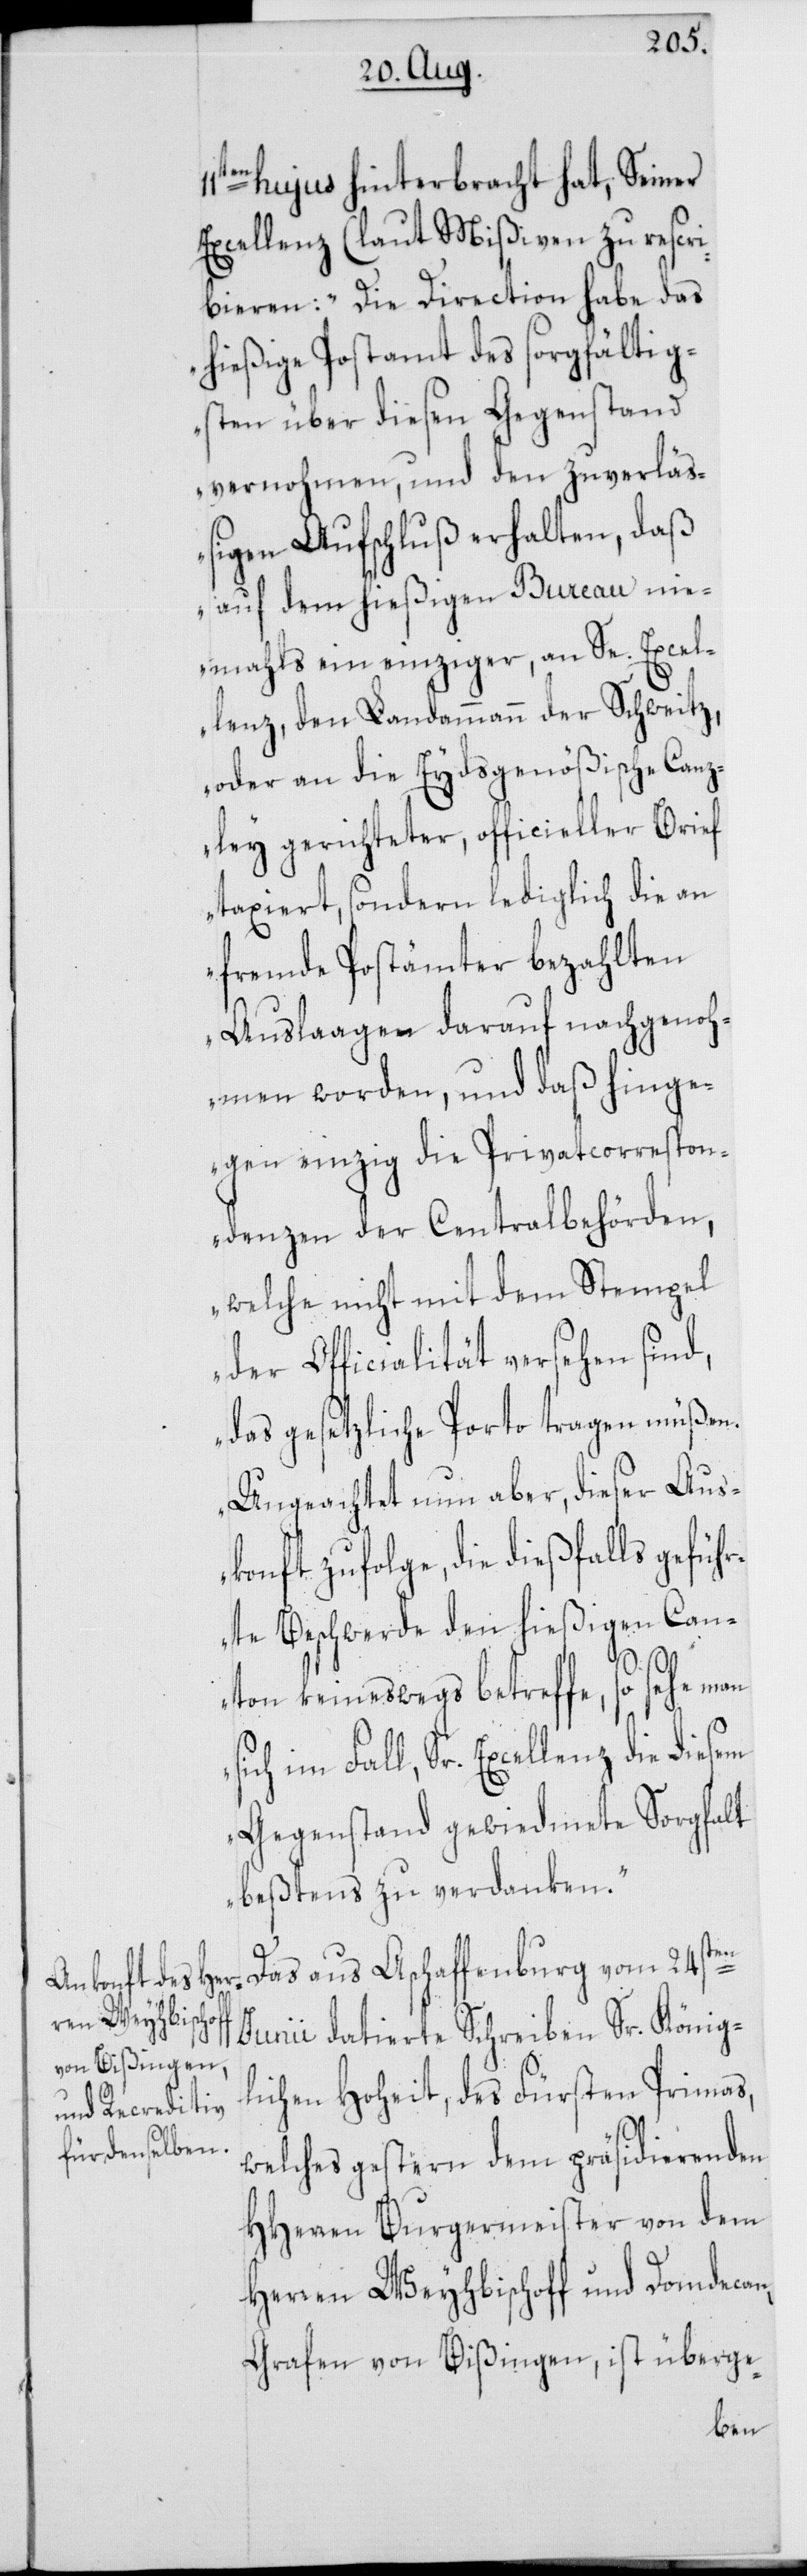
hujus hinterbracht hat, Seiner
Excellenz (laut Mißiven[)] zu rescri¬
bieren: „Die Direction habe das
hießige Postamt des sorgfältig¬
sten über diesen Gegenstand
vernohmen, und den zuverläß¬
igen Aufschluß erhalten, daß
auf dem hießigen Bureau nie¬
mahls ein einziger, an Se. Excel¬
lenz, den Landammann der Schweitz,
oder an die Eydsgenößische Canz¬
ley gerichteter, officieller Brief
taxiert, sondern lediglich die an
fremde Postämter bezahlten
Auslaagen darauf nachgenoh¬
men worden, und daß hinge¬
gen einzig die Privatcorrespon¬
denzen der Centralbehörden,
welche nicht mit dem Stempel
der Officialität versehen sind,
das gesetzliche Porto tragen müßen.
Ungeachtet nun aber, dieser Aus¬
konft zufolge die dießfalls gefüh¬
rte Beschwerde den hießigen Can¬
ton keineswegs betreffe, so sehe
im Fall, Sr. Excellenz die diesem
Gegenstand gewiedmete Sorgfalt
beßtens zu verdanken.“
Das aus Aschaffenburg vom 24sten
Junii datierte Schreiben Sr. König¬
lichen Hoheit des Fürsten Primas,
welches gestern dem präsidierenden
HHerren Burgermeister von dem
Herren Weyhbischoff und Domdecan,
Grafen von Bißingen, ist überge-